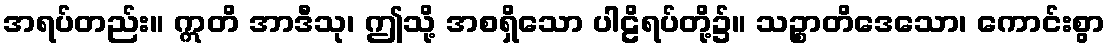
အရပ်တည်း။ ဣတိ အာဒီသု၊ ဤသို့ အစရှိသော ပါဠိရပ်တို့၌။ သဉ္စာတိဒေသော၊ ကောင်းစွာ